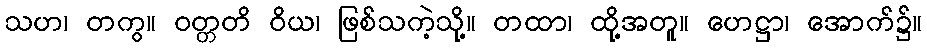
သဟ၊ တကွ။ ဝတ္တတိ ဝိယ၊ ဖြစ်သကဲ့သို့။ တထာ၊ ထို့အတူ။ ဟေဋ္ဌာ၊ အောက်၌။